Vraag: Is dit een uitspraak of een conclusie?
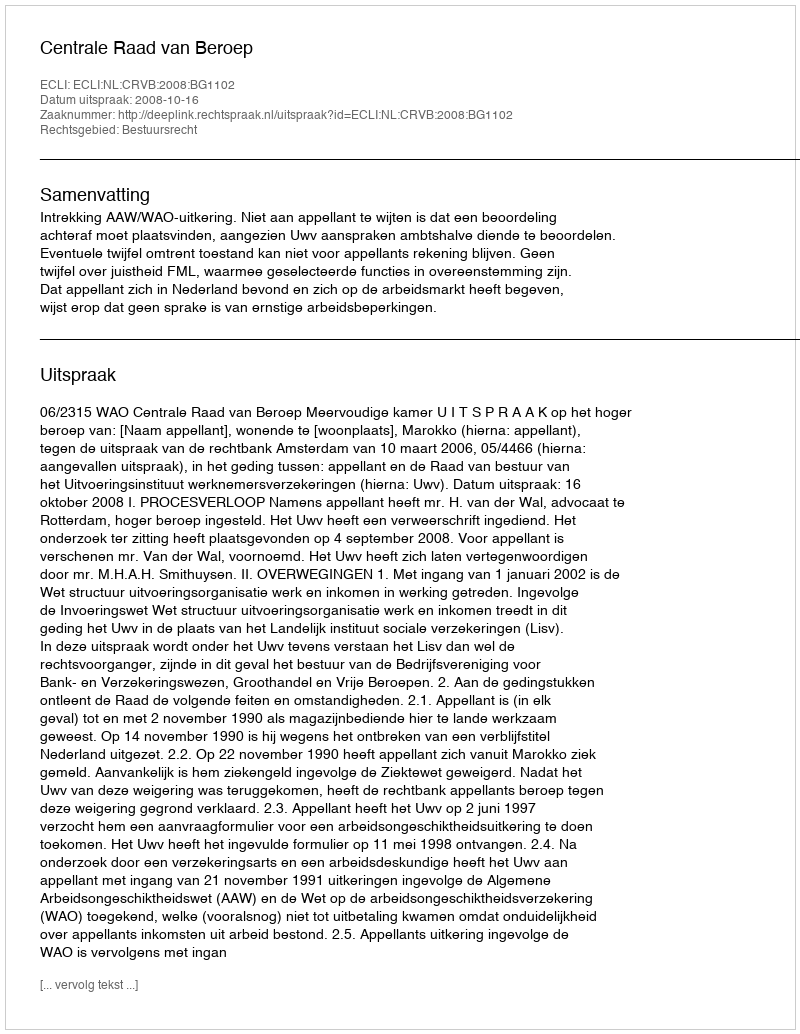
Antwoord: Uitspraak